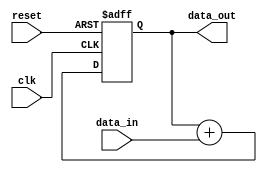
module accumulator (
    input wire clk,
    input wire reset,
    input wire [7:0] data_in,
    output wire [15:0] data_out
);

reg [15:0] accumulator;

always @(posedge clk or posedge reset) begin
    if (reset) begin
        accumulator <= 16'b0;
    end else begin
        accumulator <= accumulator + data_in;
    end
end

assign data_out = accumulator;

endmodule